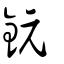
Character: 鈨